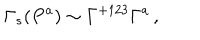
LaTeX: \Gamma _ { s } ( P ^ { a } ) \sim \Gamma ^ { + 1 2 3 } \Gamma ^ { a } \, ,